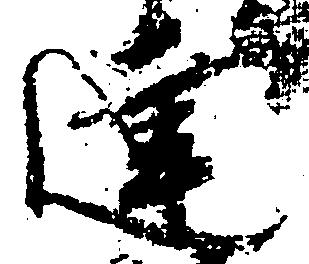
達